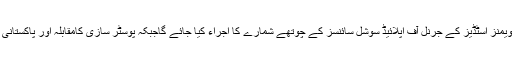
کانفرنس میں سینٹر آف ایکسلینس فارویمنز اسٹڈیز کے جرنل آف اپلائیڈ سوشل سائنسز کے چوتھے شمارے کا اجراء کیا جائے گاجبکہ پوسٹر سازی کامقابلہ اور پاکستانی ثقافتی شو کا بھی انعقاد کیا جائے گا۔